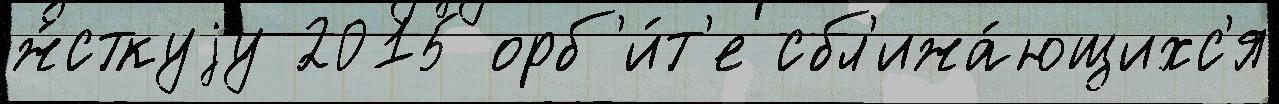
ж́сткуjу 2015 орб'и́т'е сбл'ижа́ющихс'я